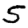
Digit: 5